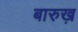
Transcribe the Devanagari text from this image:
बारुख़